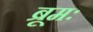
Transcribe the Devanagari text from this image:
ब्रूमः